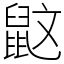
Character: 鼤